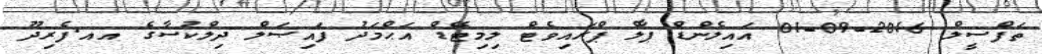
ތަފްސީލް 2016-09-01 އައިލެންޑް ޕާލް ޕްރައިވެޓް ލިމިޓޭޑް އަޙްމަދު ފައިޞަލް ދިލްކުސާގެ އއ.ފެރިދޫ